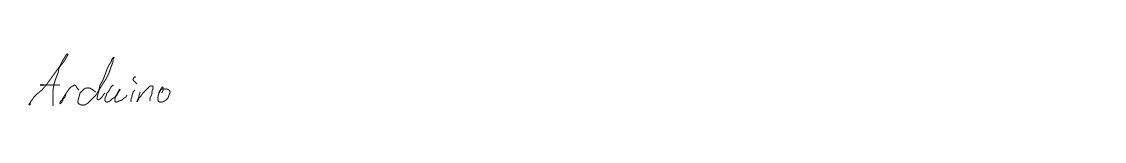
Arduino